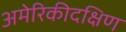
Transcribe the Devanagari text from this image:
अमेरिकीदक्षिण